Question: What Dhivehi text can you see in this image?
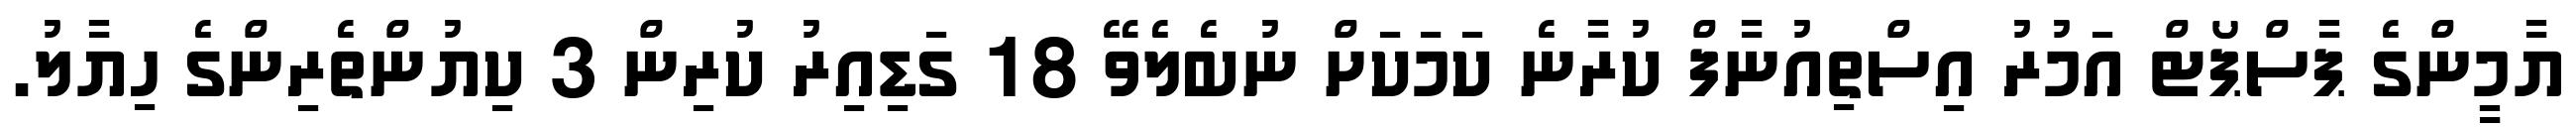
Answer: ޔާމީންގެ ޕާސްޕޯޓް އަމުރު އިސްތިއުނާފް ކުރާނެ ކަމަކަށް ނުބެލެވޭ 18 ގަޑިއިރު ކުރިން 3 ކިޔުންތެރިންގެ ހިޔާލު.